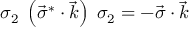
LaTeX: \sigma _ { 2 } \; \left( { \vec { \sigma } } ^ { * } \cdot { \vec { k } } \right) \; \sigma _ { 2 } = - { \vec { \sigma } } \cdot { \vec { k } }